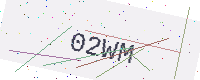
Text: 02WM